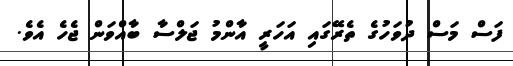
ފަސް މަސް ދުވަހުގެ ތެރޭގައި އަހަރީ އާންމު ޖަލްސާ ބާއްވަން ޖެހެ އެވެ.